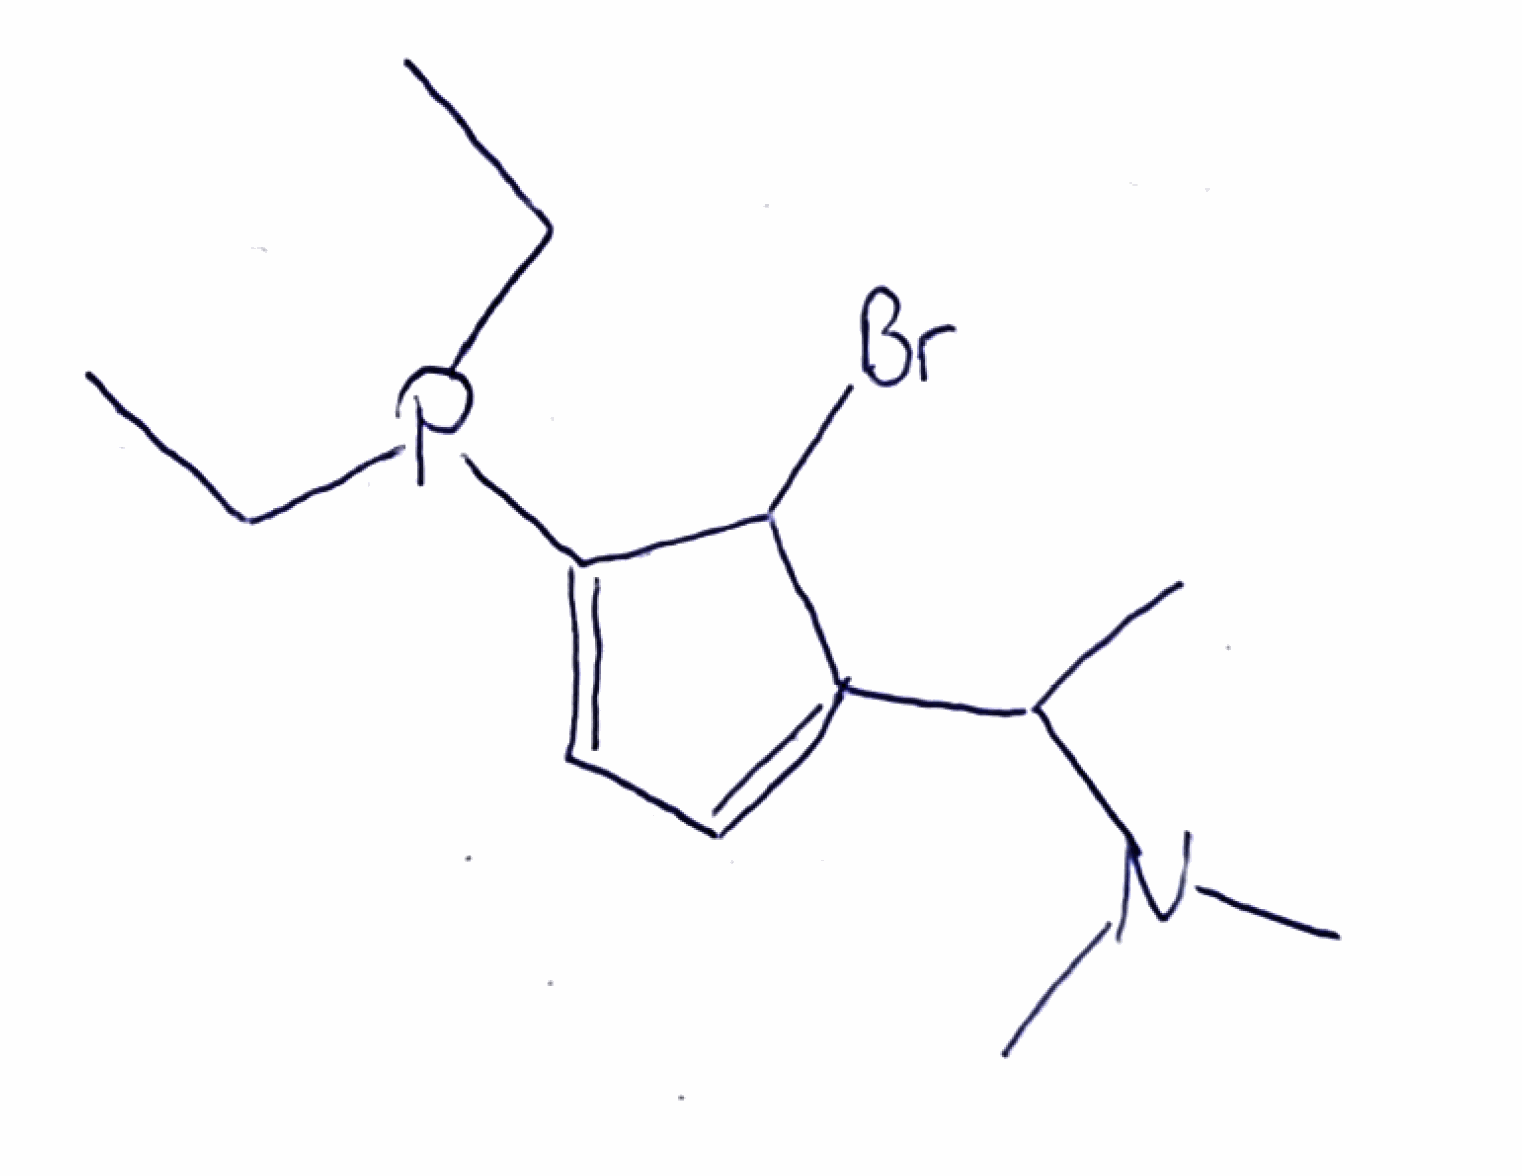
Simplified molecular-input line-entry system (SMILES) notation of the given molecule:
CCP(CC)C1=CC=C(C1Br)C(C)N(C)C